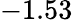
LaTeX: -1.53